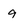
Character: 9